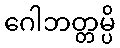
ဂေါဘတ္တမ္ပိ